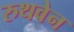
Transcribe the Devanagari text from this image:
रुथवेन